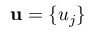
\mathbf { u } = \{ u _ { j } \}